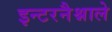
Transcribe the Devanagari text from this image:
इन्टरनैश्नाले